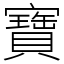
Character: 寶